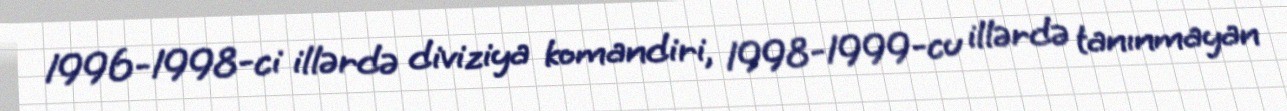
1996-1998-ci illərdə diviziya komandiri, 1998-1999-cu illərdə tanınmayan